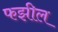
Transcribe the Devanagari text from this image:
फझील